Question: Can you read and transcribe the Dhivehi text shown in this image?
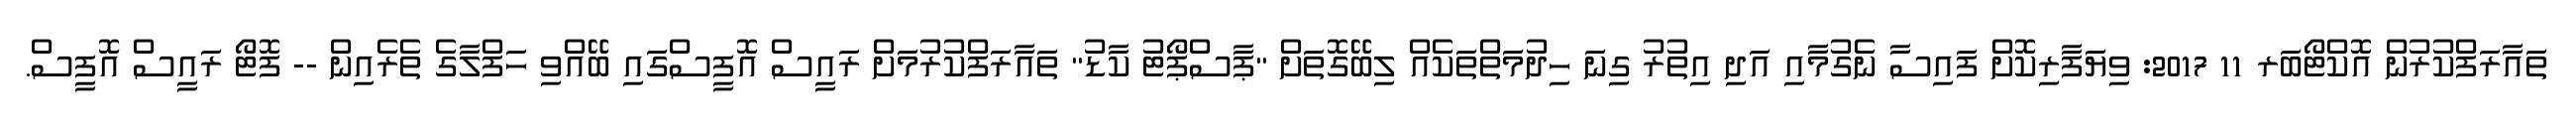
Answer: ތައާރަފްކުރުން އޮކްޓޯބަރ 11 2017: ވިޔަފާރިކޮށް ފައިސާ ނެގުމާއި އަދި އިތުރު ގިނަ ހިދުމަތްތަކެއް ލިބޭގޮތަށް "ޕާސްޕޯޓު ކާޑު" ތައާރަފްކުރުމަށް ރައީސް އޮފީސްގައި ބޭއްވި ހަފްލާގެ ތެރެއިން -- ފޮޓޯ ރައީސް އޮފީސް.